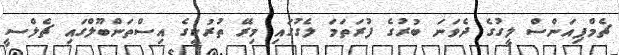
ޗެމްޕިއަންސް ލީގުގެ ދެވަނަ ބުރުގެ ފުރަތަމަ ލެގުގައި މިރޭ ތުރުކީގެ އިސްތަންބޫލްގައި ޗެލްސީ